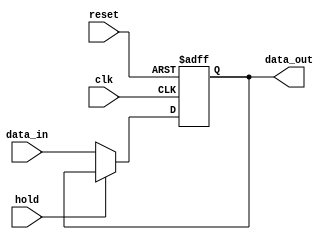
module hold_condition (
    input wire clk,            // Clock signal
    input wire reset,          // Reset signal
    input wire hold,           // Hold control signal
    input wire [7:0] data_in,  // Data input (8-bit width)
    output reg [7:0] data_out  // Data output (8-bit width)
);

// Sequential logic for output management
always @(posedge clk or posedge reset) begin
    if (reset) begin
        // Initialize output to a predefined value on reset
        data_out <= 8'h00; // Example initialization value
    end else begin
        if (hold) begin
            // Hold the current output value
            data_out <= data_out; // Output remains unchanged
        end else begin
            // Update output based on current input data
            data_out <= data_in;
        end
    end
end

endmodule